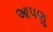
આપણૂ